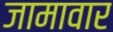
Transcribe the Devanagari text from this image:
जामावार